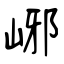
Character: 峫